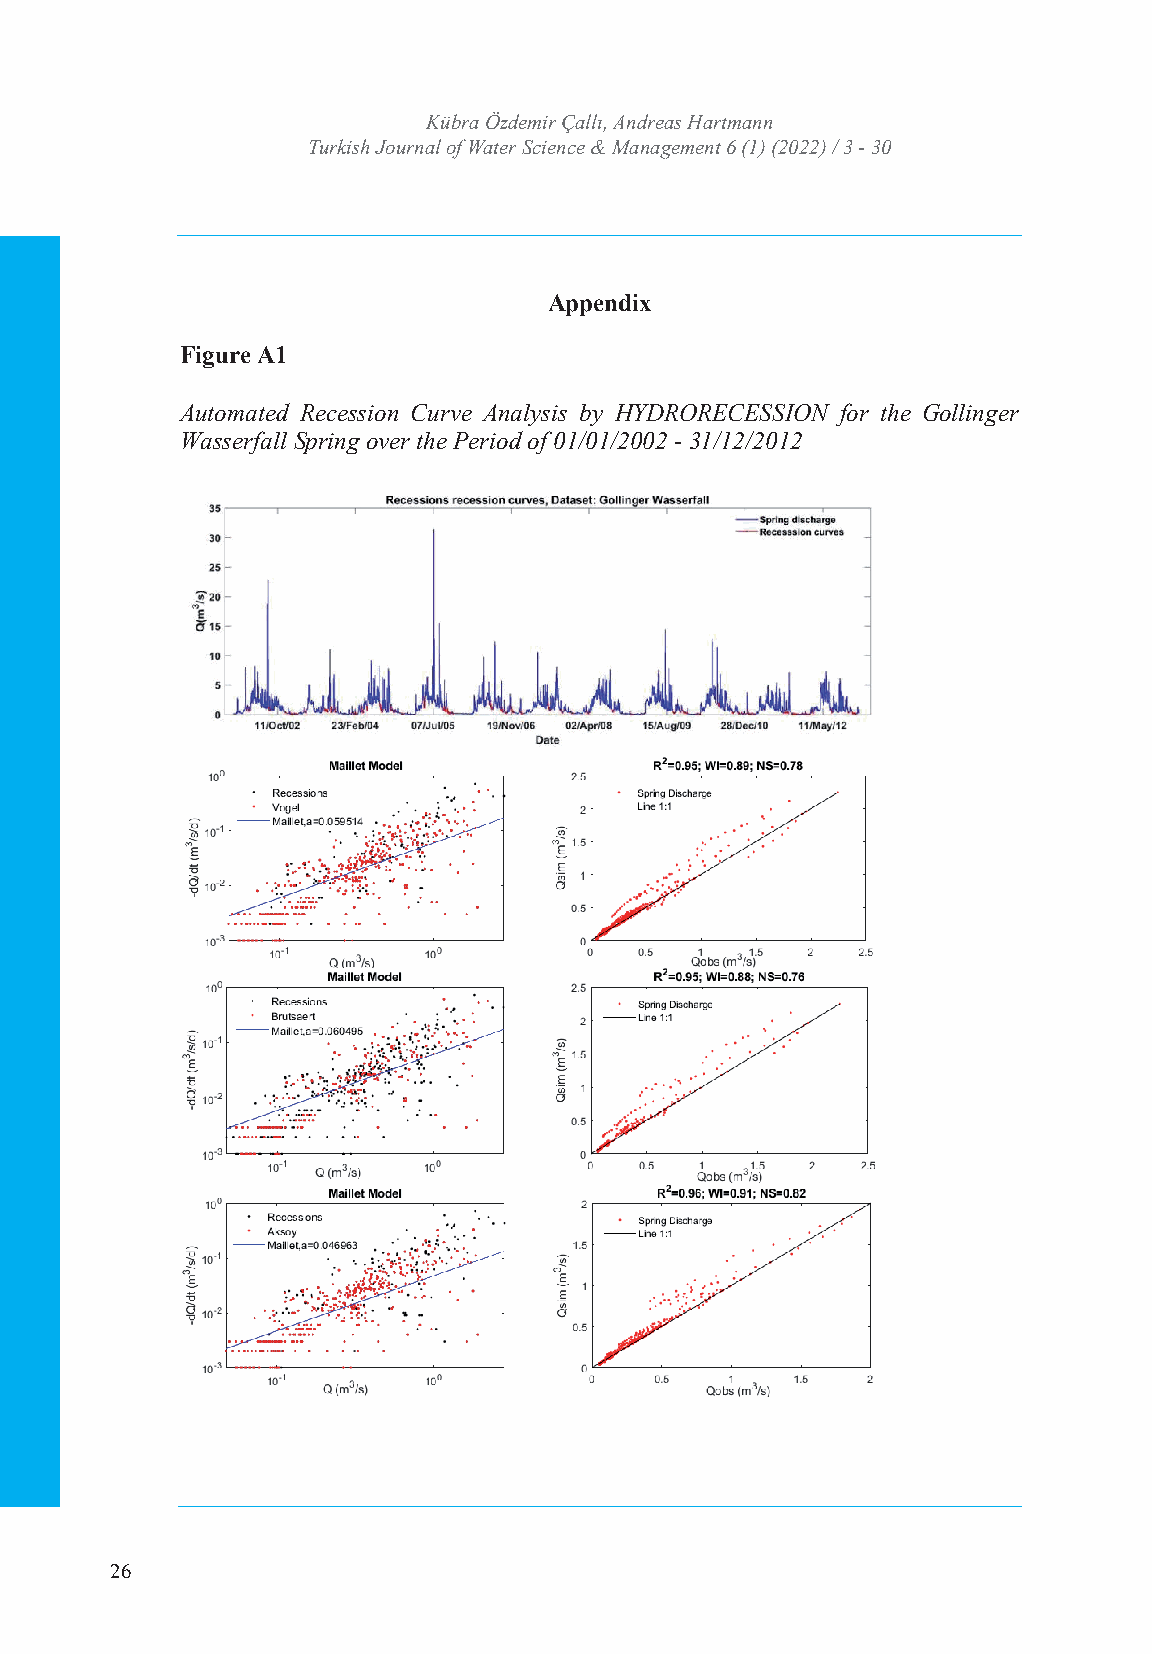
TURKISH JOURNAL OF WATER SCIENCE AND MANAGEMENT
 TurkKisühb rJao uÖrnzdale mofi rW Çaatellrı ,S Acniednrceea s& H Maratnmaagnenment
 Turkish Journal of WISaSNte:r 2 5S3c6i e4n7c4Xe &/ e -MISSaNn:a 2g5e6m4-e7n33t 46 (1) (2022) / 3 - 30
 Volume: 6 Issue: 1 Year: 2022
 Appendix
 Figure A1
 Automated Recession Curve Analysis by HYDRORECESSION for the Gollinger
 Wasserfall Spring over the Period of 01/01/2002 - 31/12/2012
 Note. REMs were compared based on the Maillet Model.
 26